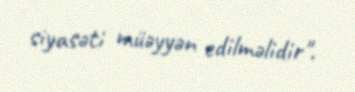
siyasəti müəyyən edilməlidir".